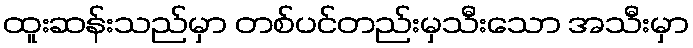
ထူးဆန်းသည်မှာ တစ်ပင်တည်းမှသီးသော အသီးမှာ